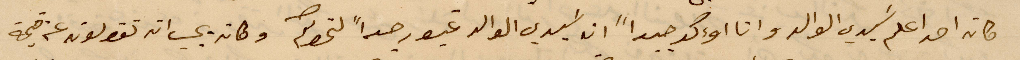
كان احد يعلم سيدي الوالد وانا أؤكد جيدًا ان سيدي الوالد غيور جدًا لخطكم وكان يجب ان تقولونه عن قيمة